Reports on dispensaries and lunatic asylums in the Province of Oudh - 1869-1876
Year: 1869
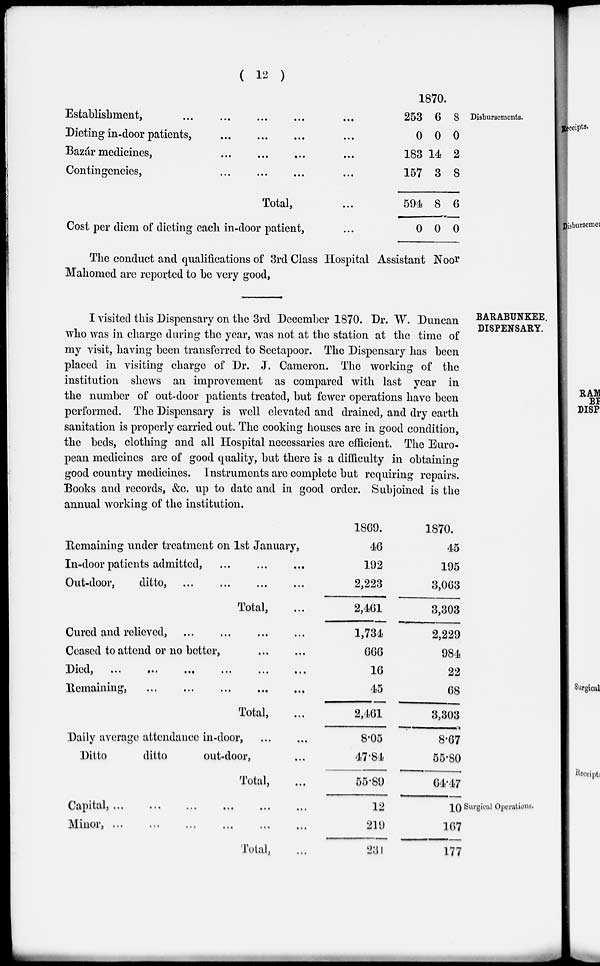
( 12 )
Disbursements.
Establishment,
...
...
...
...
...
Dieting in-door patients, ... ... ... ...
Bazár medicines,
...
...
...
...
Contingencies, ... ... ... ...
Total, ...
Cost per diem of dieting each in-door patient, ...
1870.
253
0
183
157
594
0
6
0
14
3
8
0
8
0
2
8
6
0
The conduct and qualifications of 3rd Class Hospital Assistant Noor
Mahomed are reported to be very good,
BARABUNKEE,
DISPENSARY.
I visited this Dispensary on the 3rd December 1870. Dr. W. Duncan
who was in charge during the year, was not at the station at the time of
my visit, having been transferred to Seetapoor. The Dispensary has been
placed in visiting charge of Dr. J. Cameron. The working of the
institution shews an improvement as compared with last year in
the number of out-door patients treated, but fewer operations have been
performed. The Dispensary is well elevated and drained, and dry earth
sanitation is properly carried out. The cooking houses are in good condition,
the beds, clothing and all Hospital necessaries are efficient. The Euro-
pean medicines are of good quality, but there is a difficulty in obtaining
good country medicines. Instruments are complete but requiring repairs.
Books and records, &c. up to date and in good order. Subjoined is the
annual working of the institution.
Remaining under treatment on 1st January,
In-door patients admitted, ... ... ...
Out-door,
ditto, ... ... ... ...
Total, ...
Cured and relieved, ... ... ... ...
Ceased to attend or no better, ... ...
Died,
...
...
...
...
...
...
Remaining,
...
...
...
...
...
...
Total, ...
Daily average attendance in-door, ... ...
Ditto
ditto
out-door, ...
Total, ...
1869.
46
192
2,223
2,461
1,734,
666
16
45
2,461
8.05
47.84
55.89
1870.
45
195
3,063
3,303
2,229
984
22
68
3,303
8.67
55.80
64.47
Surgical Operations.
Capital,
...
...
...
...
...
...
Minor,
...
...
...
...
...
...
Total, ...
12
219
231
10
167
177